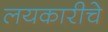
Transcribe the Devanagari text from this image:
लयकारीचे